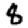
Digit: 8